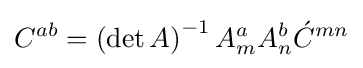
C^{ab}=\left(\det {A}\right)^{-1}A_{m}^{a}A_{n}^{b}{\acute {C}}^{mn}